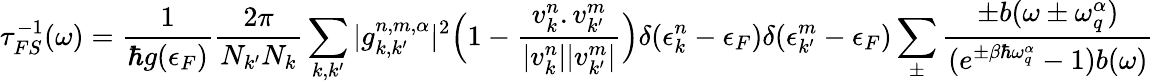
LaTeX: \tau_{FS}^{-1}(\omega)=\frac{1}{\hbar g(\epsilon_{F})}\frac{2\pi}{N_{k^{\prime}}N_{k}}\sum_{k,k^{\prime}}|g_{k,k^{\prime}}^{n,m,\alpha}|^{2}\Big(1-\frac{v_{k}^{n}.v_{k^{\prime}}^{m}}{|v_{k}^{n}||v_{k^{\prime}}^{m}|}\Big)\delta(\epsilon_{k}^{n}-\epsilon_{F})\delta(\epsilon_{k^{\prime}}^{m}-\epsilon_{F})\sum_{\pm}\frac{\pm b(\omega\pm\omega_{q}^{\alpha})}{(e^{\pm\beta\hbar\omega_{q}^{\alpha}}-1)b(\omega)}